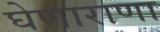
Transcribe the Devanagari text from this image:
घेणाराणा